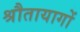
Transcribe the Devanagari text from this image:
श्रौतायागों